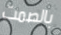
بالصمت